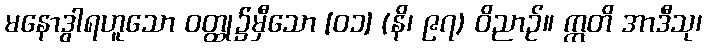
မနောဒွါရဟူသော ဝတ္ထု၌မှီသော [၀၁] (နိ၊ ၉၇) ဝိညာဉ်။ ဣတိ အာဒီသု၊